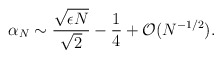
\begin{align*}\alpha_N \sim \frac{ \sqrt{\epsilon N}}{ \sqrt{2}} -\frac{1}{4} +{\cal O} (N^{-1/2}).\end{align*}